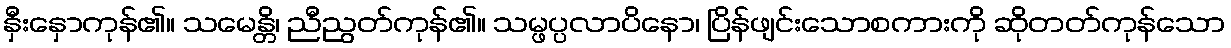
နှီးနှောကုန်၏။ သမေန္တိ၊ ညီညွတ်ကုန်၏။ သမ္ဖပ္ပလာပိနော၊ ပြိန်ဖျင်းသောစကားကို ဆိုတတ်ကုန်သော